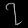
Digit: ၇